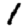
Digit: 1